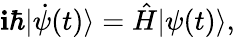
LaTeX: \mathbf{i}\hbar|\dot{{\psi}}(t)\rangle=\hat{{H}}|\psi(t)\rangle,